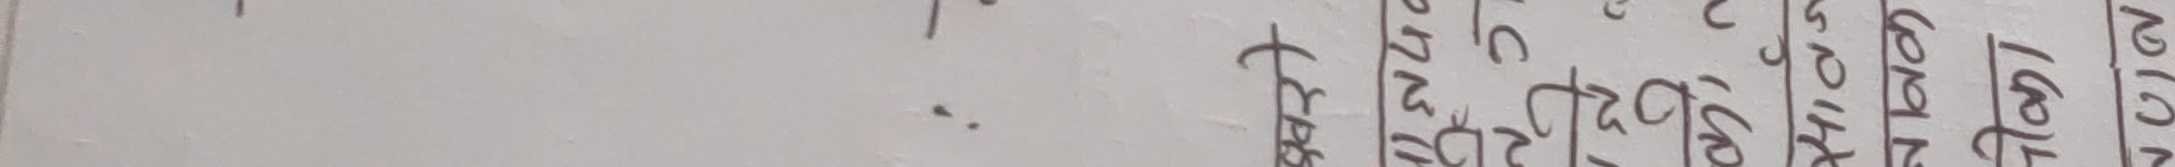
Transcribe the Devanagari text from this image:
ट्रेक
चलन
गोल
१०२४